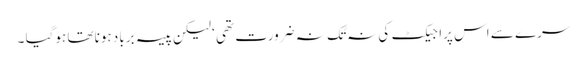
سرے سے اس پراجیکٹ کی نہ تُک نہ ضرورت تھی ‘ لیکن پیسہ برباد ہونا تھا ہوگیا ۔